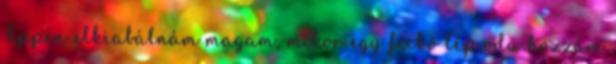
Éppen elkiabálnám magam, mikor egy fickó lép oda hozzám